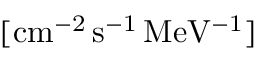
\mathrm { [ c m ^ { - 2 } \, s ^ { - 1 } \, M e V ^ { - 1 } ] }